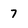
Character: 7